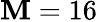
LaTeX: \mathbf{M}=16